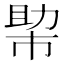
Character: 𢄂